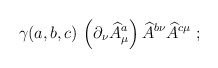
\begin{align*}\gamma(a,b,c)\, \left(\partial_{\nu}\widehat{A}^{a}_{\mu}\right) \widehat{A}^{b\nu}\widehat{A}^{c\mu}\ ;\end{align*}